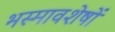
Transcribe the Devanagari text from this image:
भस्मावशेषों